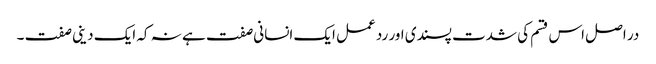
در اصل اس قسم کی شدت پسندی اور رد عمل ایک انسانی صفت ہے نہ کہ ایک دینی صفت ۔